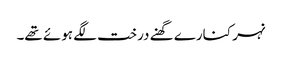
نہر کنارے گھنے درخت لگے ہوئے تھے۔